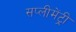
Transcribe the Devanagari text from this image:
सप्लीमेंट्री